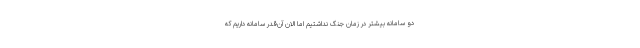
دو سامانه بیشتر در زمان جنگ نداشتیم اما الان آن‌قدر سامانه داریم که